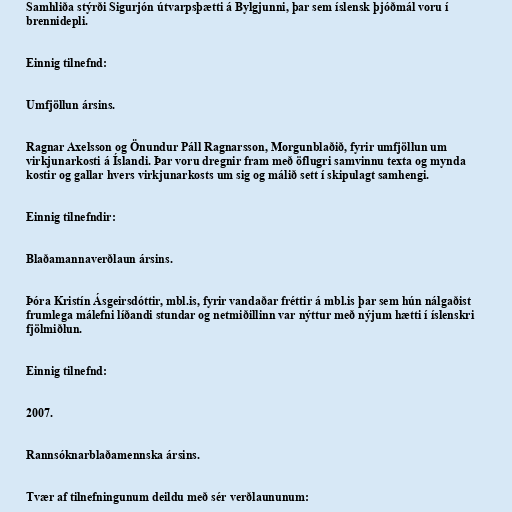
Samhliða stýrði Sigurjón útvarpsþætti á Bylgjunni, þar sem íslensk þjóðmál voru í
brennidepli.

Einnig tilnefnd:

Umfjöllun ársins.

Ragnar Axelsson og Önundur Páll Ragnarsson, Morgunblaðið, fyrir umfjöllun um
virkjunarkosti á Íslandi. Þar voru dregnir fram með öflugri samvinnu texta og mynda
kostir og gallar hvers virkjunarkosts um sig og málið sett í skipulagt samhengi.

Einnig tilnefndir:

Blaðamannaverðlaun ársins.

Þóra Kristín Ásgeirsdóttir, mbl.is, fyrir vandaðar fréttir á mbl.is þar sem hún nálgaðist
frumlega málefni líðandi stundar og netmiðillinn var nýttur með nýjum hætti í íslenskri
fjölmiðlun.

Einnig tilnefnd:

2007.

Rannsóknarblaðamennska ársins.

Tvær af tilnefningunum deildu með sér verðlaununum: